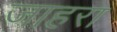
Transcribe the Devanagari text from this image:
जाहरा